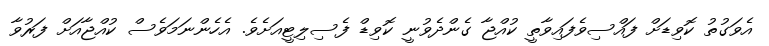
އެވަގުތު ކޮވިޑަށް ފައްސިވެފައިވާތީ ކުއްޖާ ގެންދެވުނީ ކޮވިޑް ފެސިލިޓީއަށެވެ. އެހެންނަމަވެސް ކުއްޖާއަށް ފަރުވާ